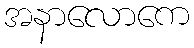
အနာလောကေ